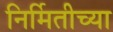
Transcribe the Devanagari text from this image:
निर्मितीच्‍या